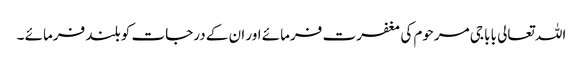
اللہ تعالی بابا جی مرحوم کی مغفرت فرمائے اور ان کے درجات کو بلند فرمائے ۔